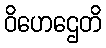
ဝိဟေဌေတိ